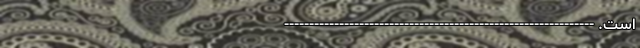
است. --------------------------------------------------------------